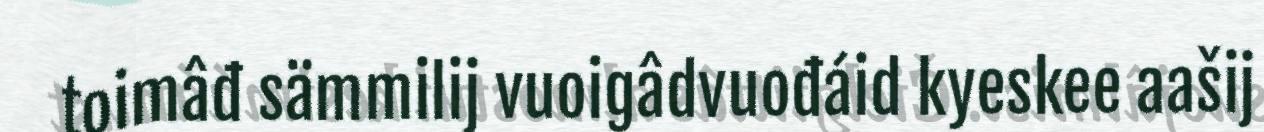
toimâđ sämmilij vuoigâdvuođáid kyeskee aašij